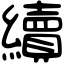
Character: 續